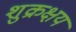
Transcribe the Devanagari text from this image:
शुक्रक्षय